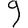
Digit: 9